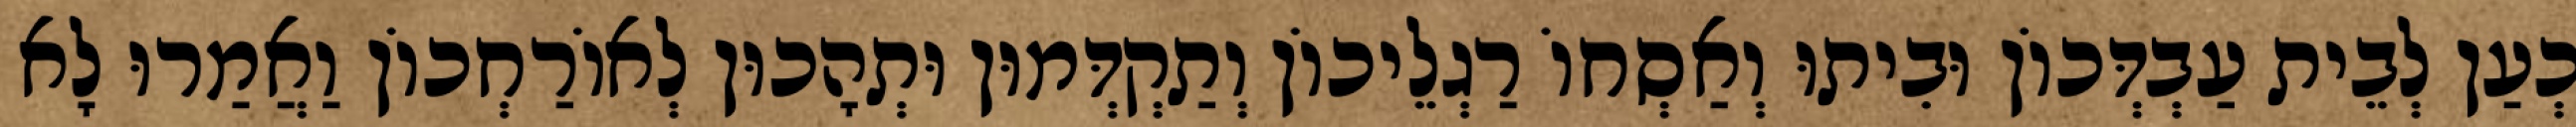
כְעַן לְבֵית עַבְדְּכוֹן וּבִיתוּ וְאַסְחוֹ רַגְלֵיכוֹן וְתַקְדְּמוּן וּתְהָכוּן לְאוֹרַחְכוֹן וַאֲמַרוּ לָא